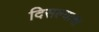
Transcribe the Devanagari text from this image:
दिसल्याचा